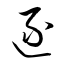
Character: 逐